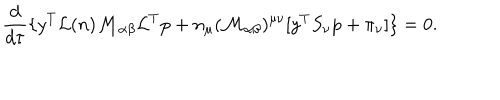
\frac { d } { d \tau } \{ y ^ { T } { \cal L } ( n ) { \cal M } _ { \alpha \beta } { \cal L } ^ { T } \mathrm { p } + n _ { \mu } ( { \cal M } _ { \alpha \beta } ) ^ { \mu \nu } [ y ^ { T } S _ { \nu } \mathrm { p } + \pi _ { \nu } ] \} = 0 .